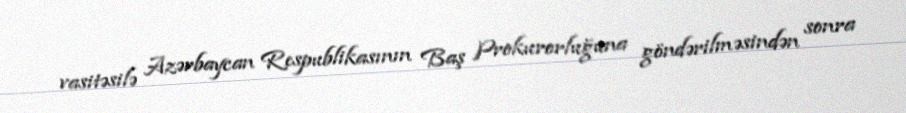
vasitəsilə Azərbaycan Respublikasının Baş Prokurorluğuna göndərilməsindən sonra